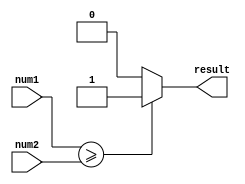
module greater_than_equal_to_comparator (
    input [7:0] num1,
    input [7:0] num2,
    output reg result
);

always @(*) begin
    if (num1 >= num2)
        result = 1;
    else
        result = 0;
end

endmodule